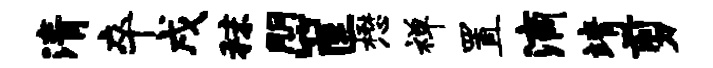
清卒戌秣朋筐懋禅置滴靖剪